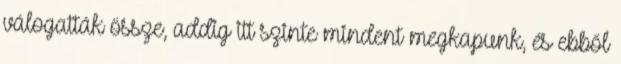
válogatták össze, addig itt szinte mindent megkapunk, és ebből